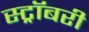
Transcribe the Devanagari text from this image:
स्ट्रॉबरी